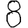
Digit: 8